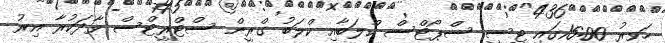
ހަވީރު 16:00ގައި ޓީސީ ސްޕޯޓްސް ކްލަބާއި ކްލަބު ގްރީން ސްޓްރީޓްސް ވާދަކުރާ އިރު